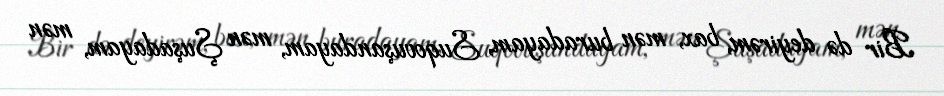
Bir də deyirəm, bax, mən buradayam, Suqovuşandayam, mən Şuşadayam, mən